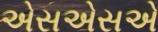
એસએસએ